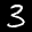
Label: 3